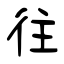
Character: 往